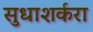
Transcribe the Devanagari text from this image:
सुधाशर्करा